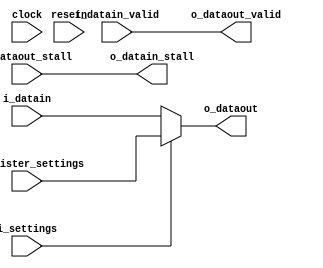
module vfabric_bypass_reg(clock, resetn, 
  i_settings,
  i_register_settings,
	i_datain, i_datain_valid, o_datain_stall, 
	o_dataout, o_dataout_valid, i_dataout_stall);
parameter DATA_WIDTH = 32;

 input clock;
 input resetn;
 input i_settings;
 input [DATA_WIDTH-1:0] i_register_settings;
 input [DATA_WIDTH-1:0] i_datain;
 input i_datain_valid;
 output o_datain_stall;
 
 output [DATA_WIDTH-1:0] o_dataout;
 output o_dataout_valid;
 input i_dataout_stall;

 assign o_dataout = i_settings ? i_register_settings : i_datain;

 assign o_dataout_valid = i_datain_valid;
 assign o_datain_stall = i_dataout_stall;
 
endmodule